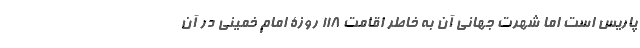
پاریس است اما شهرت جهانی آن به خاطر اقامت 118 روزۀ امام خمینی در آن